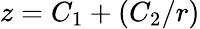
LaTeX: z=C_{1}+(C_{2}/r)